Vaccination North-Western Provinces and Oudh 1896-1901 - 1896-1901
Year: 1896
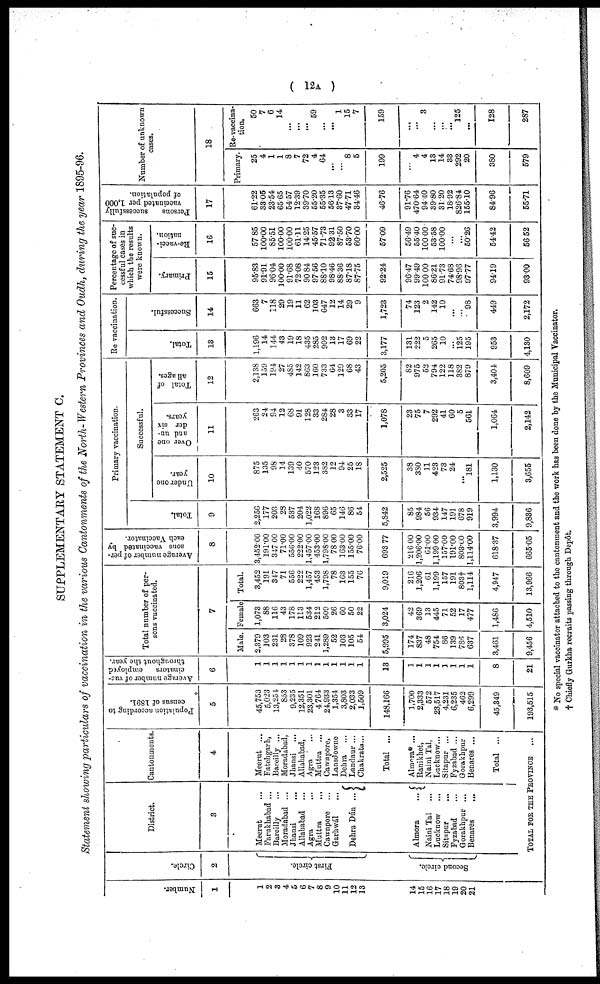
( 12A )
SUPPLEMENTARY STATEMENT C.
Statement showing particulars of vaccination in the various Cantonments of the North-Western Provinces and Oudh, during the year 1895-96.
Number.
1
1
2
3
4
5
6
7
8
9
10
11
12
13
14
15
16
17
18
19
20
21
Circle.
2
First circle.
Second circle.
District.
3
Meerut ...
Farukhabad ...
Bareilly ...
Moradabad ...
Jhansi ...
Allahabad ...
Agra ...
Muttra ...
Cawnpore ...
Garhwál
...
Dehra Dún ...
Almora ...
Naini Tal ...
Lucknow ...
Sitapur ...
Fyzabad ...
Gorakhpur ...
Benares
...
Cantonments.
4
Meerut ...
Fatehgarh,
Bareilly ...
Moradabad,
Jhansi ...
Allahabad,
Agra ...
Muttra ...
Cawnpore,
Lansdowne
Dehra ...
Landaur ...
Chakrata ...
Total ...
Almora* ...
Ranikhet,
Naini Tal,
Lucknow ...
Sitapur ...
Fyzabad ...
Gorakhpur ...
Benares ...
Total ...
TOTAL FOR THE PEOVINCE ...
Population according to
census of 1891.
5
45,753
5,023
13,254
853
9,235
12,351
23,301
4,764
24,933
1,354
3,803
2,033
1,509
148,166
1,700
2,333
572
23,517
4,231
6,235
462
6,299
45,349
193,515
Average number of vac-
cinators
employed
throughout the year.
6
1
1
1
1
1
1
1
1
1
1
1
1
1
13
1
1
1
1
1
1
1
1
8
21
Total number of per-
sons vaccinated.
7
Male.
2,379
103
231
28
378
109
923
241
1,289
52
103
105
54
5,995
174
837
48
754
86
139
786
637
3,461
9,456
Female
1,073
88
116
43
178
113
534
212
509
26
60
50
22
3,024
42
369
13
445
71
52
17
477
1,486
4,510
Total.
3,452
191
347
71
556
222
1,457
453
1,798
78
163
155
76
9,019
216
1,206
61
1,199
157
191
803†
1,114
4,947
13,966
Average number of per-
sons vaccinated by
each Vaccinator.
8
3,452.00
191.00
347.00
71.00
556.00
222.00
1,457.00
453.00
1,798.00
78.00
163.00
155.00
76.00
693.77
216.00
1,206.00
61.00
1,199.00
157.00
191.00
803.00
1,114.00
618.37
665.05
Primary vaccination.
Total.
9
2,256
177
203
28
537
204
1,022
168
896
65
146
86
54
5,842
85
984
56
934
147
191
678
919
3,994
9,836
Successful.
Under one
year.
10
875
135
98
14
139
40
570
123
382
12
94
25
18
2,525
38
330
11
423
73
24
...
181
1,130
3,655
Over one
and un-
der six
years.
11
263
24
94
12
68
91
128
33
284
28
3
33
17
1,078
23
75
7
292
41
60
5
561
1,064
2,142
Total of
all ages.
12
2,138
159
194
27
485
142
863
160
733
64
129
68
43
5,205
82
975
52
794
122
118
382
879
3,404
8,609
Re-vaccination.
Total.
13
1,196
14
144
43
19
18
435
285
902
13
17
69
22
3,177
131
222
5
265
10
...
125
195
953
4,130
Successful.
14
663
7
118
29
19
11
62
103
647
12
14
29
9
1,723
74
123
2
142
10
...
...
98
449
2,172
Percentage of suc-
cessful cases in
which the results
were known.
Primary.
15
95.83
91.91
96.04
100.00
91.68
72.08
90.84
97.56
88.10
98.46
88.36
87.18
87.75
92.24
96.47
99.49
100.00
86.21
91.73
74.68
98.96
97.77
94.19
93.00
Re-vacci-
nation.
16
57.85
l00.00
85.51
100.00
100.00
61.11
14.25
45.57
71.73
92.31
87.50
53.70
60.00
57.09
56.49
55.40
100.00
53.58
100.00
...
...
50.26
54.42
56.52
Persons
successfully
vaccinated per 1,000
of population.
17
61.22
33.05
23.54
65.65
54.57
12.39
39.70
55.20
55.35
56.13
37.60
47.71
34.46
46.76
91.76
470.64
94.40
39.80
31.20
18.92
826.84
155.10
84.96
55.71
Number of unknown
cases.
18
Primary.
25
4
1
1
8
7
72
4
64
...
...
8
5
199
...
4
4
13
14
33
292
20
380
579
Re-vaccina-
tion.
50
7
6
14
...
...
...
59
...
...
1
15
7
159
...
...
3
...
...
...
125
...
128
287
* No special vaccinator attached to the cantonment and the work has been done by the Municipal Vaccinator.
† Chiefly Gurkha recruits passing through Depôt.